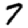
Digit: 7